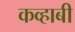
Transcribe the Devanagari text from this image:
कव्हाबी